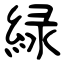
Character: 緑